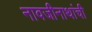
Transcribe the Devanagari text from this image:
नावजीनाथांची